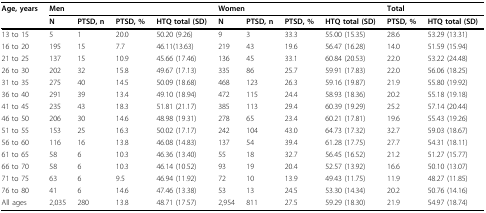
<table><thead><tr><td><b>Age, years</b></td><td colspan="4"><b>Men</b></td><td colspan="4"><b>Women</b></td><td colspan="2"><b>Total</b></td></tr><tr><td></td><td><b>N</b></td><td><b>PTSD, n</b></td><td><b>PTSD, %</b></td><td><b>HTQ total (SD)</b></td><td><b>N</b></td><td><b>PTSD, n</b></td><td><b>PTSD, %</b></td><td><b>HTQ total (SD)</b></td><td><b>PTSD, %</b></td><td><b>HTQ total (SD)</b></td></tr></thead><tbody><tr><td>13 to 15</td><td>5</td><td>1</td><td>20.0</td><td>50.20 (9.26)</td><td>9</td><td>3</td><td>33.3</td><td>55.00 (15.35)</td><td>28.6</td><td>53.29 (13.31)</td></tr><tr><td>16 to 20</td><td>195</td><td>15</td><td>7.7</td><td>46.11(13.63)</td><td>219</td><td>43</td><td>19.6</td><td>56.47 (16.28)</td><td>14.0</td><td>51.59 (15.94)</td></tr><tr><td>21 to 25</td><td>137</td><td>15</td><td>10.9</td><td>45.66 (17.46)</td><td>136</td><td>45</td><td>33.1</td><td>60.84 (20.53)</td><td>22.0</td><td>53.22 (24.48)</td></tr><tr><td>26 to 30</td><td>202</td><td>32</td><td>15.8</td><td>49.67 (17.13)</td><td>335</td><td>86</td><td>25.7</td><td>59.91 (17.83)</td><td>22.0</td><td>56.06 (18.25)</td></tr><tr><td>31 to 35</td><td>275</td><td>40</td><td>14.5</td><td>50.09 (18.68)</td><td>468</td><td>123</td><td>26.3</td><td>59.16 (19.87)</td><td>21.9</td><td>55.80 (19.92)</td></tr><tr><td>36 to 40</td><td>291</td><td>39</td><td>13.4</td><td>49.10 (18.94)</td><td>472</td><td>115</td><td>24.4</td><td>58.93 (18.36)</td><td>20.2</td><td>55.18 (19.18)</td></tr><tr><td>41 to 45</td><td>235</td><td>43</td><td>18.3</td><td>51.81 (21.17)</td><td>385</td><td>113</td><td>29.4</td><td>60.39 (19.29)</td><td>25.2</td><td>57.14 (20.44)</td></tr><tr><td>46 to 50</td><td>206</td><td>30</td><td>14.6</td><td>48.98 (19.31)</td><td>278</td><td>65</td><td>23.4</td><td>60.21 (17.81)</td><td>19.6</td><td>55.43 (19.26)</td></tr><tr><td>51 to 55</td><td>153</td><td>25</td><td>16.3</td><td>50.02 (17.17)</td><td>242</td><td>104</td><td>43.0</td><td>64.73 (17.32)</td><td>32.7</td><td>59.03 (18.67)</td></tr><tr><td>56 to 60</td><td>116</td><td>16</td><td>13.8</td><td>46.08 (14.83)</td><td>137</td><td>54</td><td>39.4</td><td>61.28 (17.75)</td><td>27.7</td><td>54.31 (18.11)</td></tr><tr><td>61 to 65</td><td>58</td><td>6</td><td>10.3</td><td>46.36 (13.40)</td><td>55</td><td>18</td><td>32.7</td><td>56.45 (16.52)</td><td>21.2</td><td>51.27 (15.77)</td></tr><tr><td>66 to 70</td><td>58</td><td>6</td><td>10.3</td><td>46.14 (10.52)</td><td>93</td><td>19</td><td>20.4</td><td>52.57 (13.92)</td><td>16.6</td><td>50.10 (13.07)</td></tr><tr><td>71 to 75</td><td>63</td><td>6</td><td>9.5</td><td>46.94 (11.92)</td><td>72</td><td>10</td><td>13.9</td><td>49.43 (11.75)</td><td>11.9</td><td>48.27 (11.85)</td></tr><tr><td>76 to 80</td><td>41</td><td>6</td><td>14.6</td><td>47.46 (13.38)</td><td>53</td><td>13</td><td>24.5</td><td>53.30 (14.34)</td><td>20.2</td><td>50.76 (14.16)</td></tr><tr><td>All ages</td><td>2,035</td><td>280</td><td>13.8</td><td>48.71 (17.57)</td><td>2,954</td><td>811</td><td>27.5</td><td>59.29 (18.30)</td><td>21.9</td><td>54.97 (18.74)</td></tr></tbody></table>